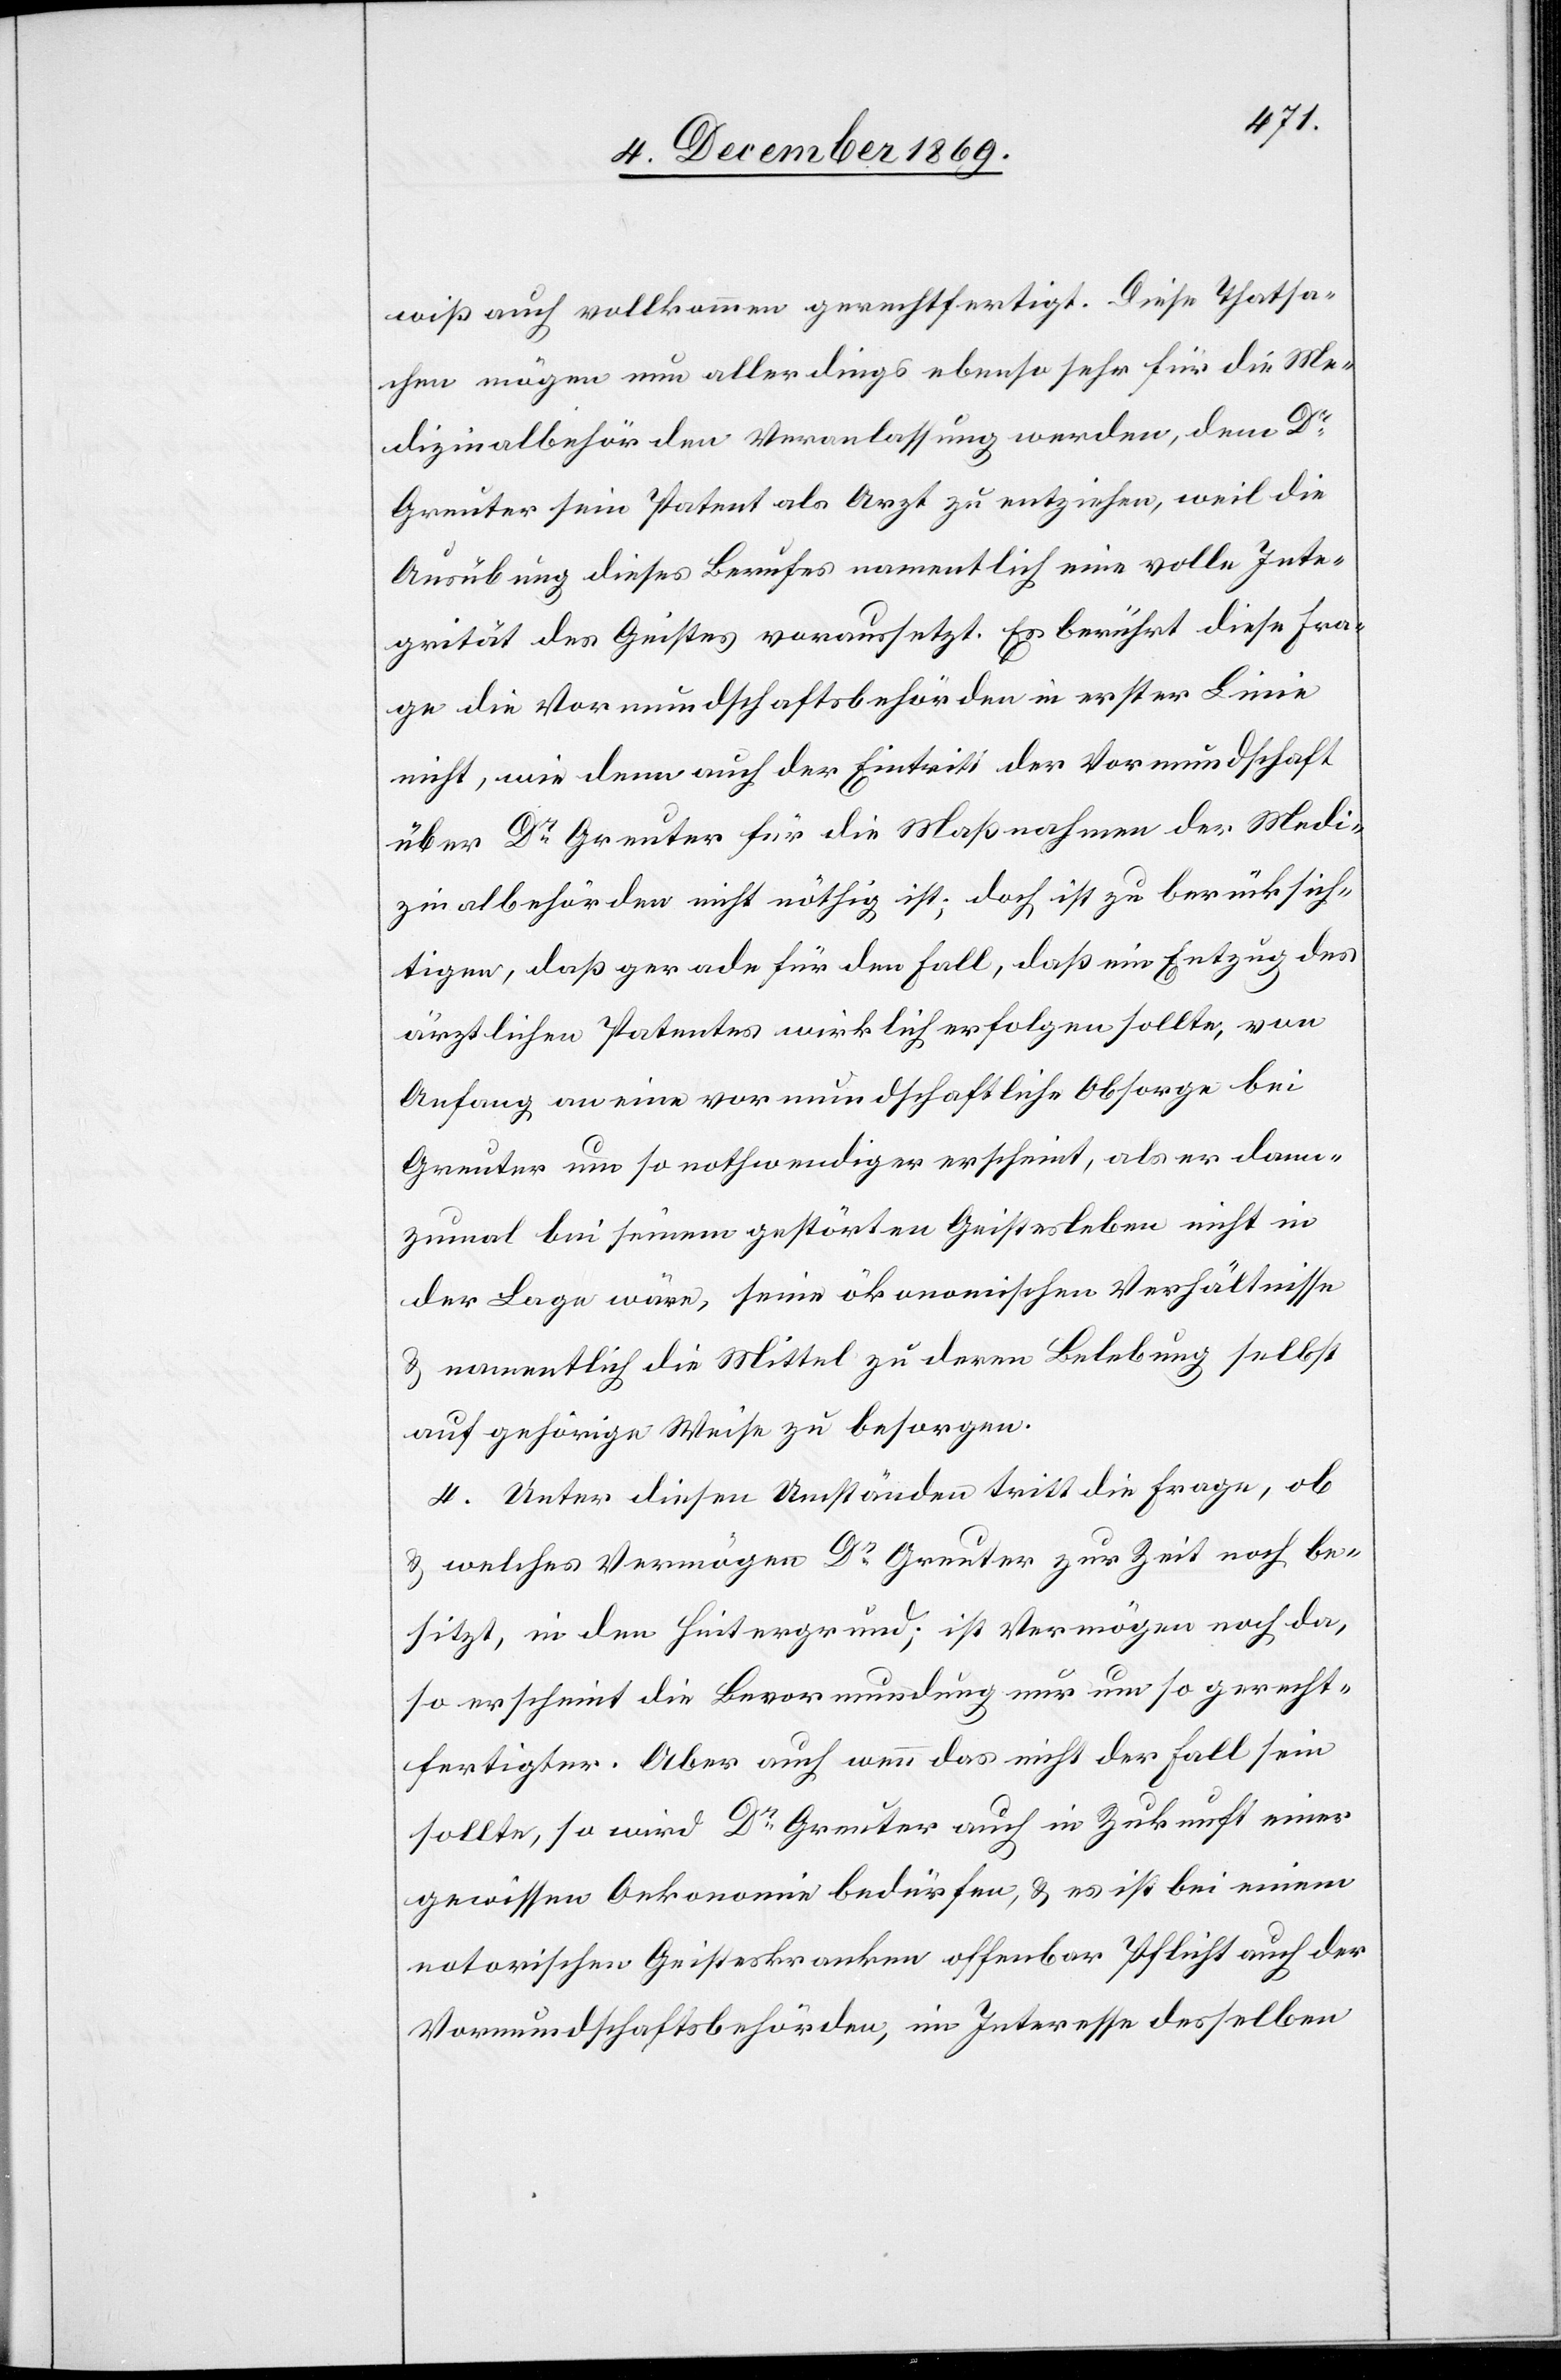
wiß auch vollkommen gerechtfertigt. Diese Thatsa¬
chen mögen nun allerdings ebenso sehr für die Me¬
dizinalbehörden Veranlassung werden, dem Dr
Greuter sein Patent als Arzt zu entziehen, weil die
Ausübung dieses Berufes namentlich eine volle Inte¬
grität des Geistes voraussetzt. Es berührt diese Fra¬
ge die Vormundschaftsbehörden in erster Linie
nicht, wie denn auch der Eintritt der Vormundschaft
über Dr Greuter für die Maßnahmen der Medi¬
zinalbehörden nicht nöthig ist; doch ist zu berücksich¬
tigen, daß gerade für den Fall, daß ein Entzug des
ärztlichen Patentes wirklich erfolgen sollte, von
Anfang an eine vormundschaftliche Obsorge bei
Greuter um so nothwendiger erscheint, als er dann¬
zumal bei seinem gestörten Geistesleben nicht in
der Lage wäre, seine ökonomischen Verhältnisse
& namentlich die Mittel zu deren Belebung selbst
auf gehörige Weise zu besorgen.
4. Unter diesen Umständen tritt die Frage, ob
& welches Vermögen Dr Greuter zur Zeit noch be¬
sitzt, in den Hintergrund; ist Vermögen noch da,
so erscheint die Bevormundung nur um so gerecht¬
fertigter. Aber auch wenn das nicht der Fall sein
sollte, so wird Dr Greuter auch in Zukunft einer
gewissen Oekonomie bedürfen, & es ist bei einem
notorischen Geisteskranken offenbar Pflicht auch der
Vormundschaftsbehörden im Interesse desselben